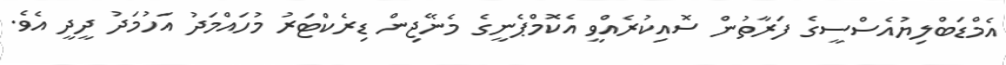
އެމްޑަބްލިޔުއެސްސީގެ ފަރާތުން ސޮއިކުރެއްވީ އެކޮމްޕެނީގެ މެނޭޖިން ޑިރެކްޓަރު މުހައްމަދު އަހުމަދު ދީދީ އެވެ.